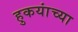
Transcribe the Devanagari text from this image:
हुकयांच्या